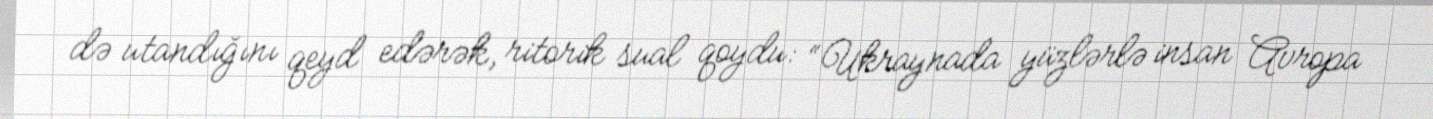
də utandığını qeyd edərək, ritorik sual qoydu: “Ukraynada yüzlərlə insan Avropa